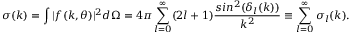
\sigma ( k ) = \int | f ( k , \theta ) | ^ { 2 } d \Omega = 4 \pi \sum _ { l = 0 } ^ { \infty } ( 2 l + 1 ) \frac { s i n ^ { 2 } ( \delta _ { l } ( k ) ) } { k ^ { 2 } } \equiv \sum _ { l = 0 } ^ { \infty } \sigma _ { l } ( k ) .